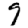
Digit: 9